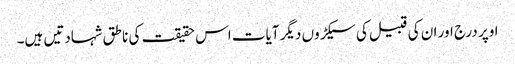
اوپر درج اور ان کی قبیل کی سیکڑوں دیگر آیات اس حقیقت کی ناطق شہادتیں ہیں۔